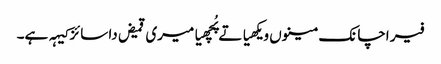
فیر اچانک مینوں ویکھیا تے پُچھیا میری قمیض دا سائز کیہہ ہے۔